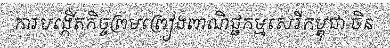
ការបង្កើតកិច្ចព្រមព្រៀងពាណិជ្ជកម្មសេរីកម្ពុជា-ចិន